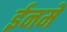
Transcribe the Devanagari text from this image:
ईनमें